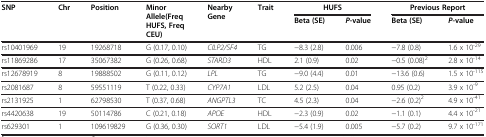
<table><thead><tr><td rowspan="2"><b>SNP</b></td><td rowspan="2"><b>Chr</b></td><td rowspan="2"><b>Position</b></td><td rowspan="2"><b>Minor Allele(Freq HUFS, Freq CEU)</b></td><td rowspan="2"><b>Nearby Gene</b></td><td rowspan="2"><b>Trait</b></td><td colspan="2"><b>HUFS</b></td><td colspan="2"><b>Previous Report</b></td></tr><tr><td><b>Beta (SE)</b></td><td><b><i>P</i>-value</b></td><td><b>Beta (SE)</b></td><td><b><i>P</i>-value</b></td></tr></thead><tbody><tr><td>rs10401969</td><td>19</td><td>19268718</td><td>G (0.17, 0.10)</td><td><i>CILP2/SF4</i></td><td>TG</td><td>−8.3 (2.8)</td><td>0.006</td><td>−7.8 (0.8)</td><td>1.6 x 10<sup>-29</sup></td></tr><tr><td>rs11869286</td><td>17</td><td>35067382</td><td>G (0.26, 0.68)</td><td><i>STARD3</i></td><td>HDL</td><td>2.1 (0.9)</td><td>0.02</td><td>−0.5 (0.08)<sup>2</sup></td><td>2.8 x 10<sup>-14</sup></td></tr><tr><td>rs12678919</td><td>8</td><td>19888502</td><td>G (0.11, 0.12)</td><td><i>LPL</i></td><td>TG</td><td>−9.0 (4.4)</td><td>0.01</td><td>−13.6 (0.6)</td><td>1.5 x 10<sup>-115</sup></td></tr><tr><td>rs2081687</td><td>8</td><td>59551119</td><td>T (0.22, 0.33)</td><td><i>CYP7A1</i></td><td>LDL</td><td>5.2 (2.5)</td><td>0.04</td><td>0.95 (0.2)</td><td>3.9 x 10<sup>-9</sup></td></tr><tr><td>rs2131925</td><td>1</td><td>62798530</td><td>T (0.37, 0.68)</td><td><i>ANGPTL3</i></td><td>TC</td><td>4.5 (2.3)</td><td>0.04</td><td>−2.6 (0.2)<sup>2</sup></td><td>4.9 x 10<sup>-41</sup></td></tr><tr><td>rs4420638</td><td>19</td><td>50114786</td><td>C (0.21, 0.18)</td><td><i>APOE</i></td><td>HDL</td><td>−2.3 (0.9)</td><td>0.02</td><td>−1.1 (0.1)</td><td>4.4 x 10<sup>-21</sup></td></tr><tr><td>rs629301</td><td>1</td><td>109619829</td><td>G (0.36, 0.30)</td><td><i>SORT1</i></td><td>LDL</td><td>−5.4 (1.9)</td><td>0.005</td><td>−5.7 (0.2)</td><td>9.7 x 10<sup>-171</sup></td></tr></tbody></table>